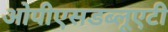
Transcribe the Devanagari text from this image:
ओपीएसडब्लूएटी